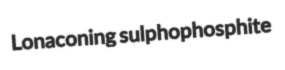
Lonaconing sulphophosphite